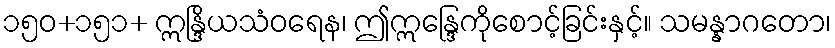
၁၅၀+၁၅၁+ ဣန္ဒြိယသံဝရေန၊ ဤဣန္ဒြေကိုစောင့်ခြင်းနှင့်။ သမန္နာဂတော၊